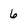
Character: 6